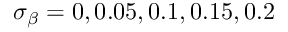
\sigma _ { \beta } = 0 , 0 . 0 5 , 0 . 1 , 0 . 1 5 , 0 . 2